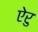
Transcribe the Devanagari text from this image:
ऐरु